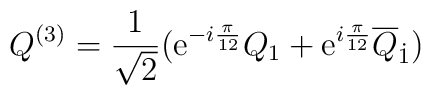
Q^{(3)} = \frac{1}{\sqrt{2}}                             ({\rm e}^{-i{\pi \over 12}} Q_1                           + {\rm e}^{i{\pi \over 12}} \overline{Q}_{\dot{1}})